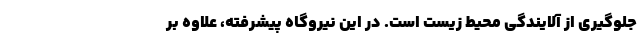
جلوگیری از آلايندگی محيط زیست است. در اين نيروگاه پيشرفته، علاوه بر